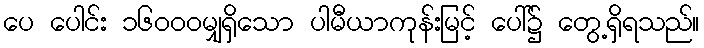
ပေ ပေါင်း ၁၆၀၀၀မျှရှိသော ပါမီယာကုန်းမြင့် ပေါ်၌ တွေ့ရှိရသည်။